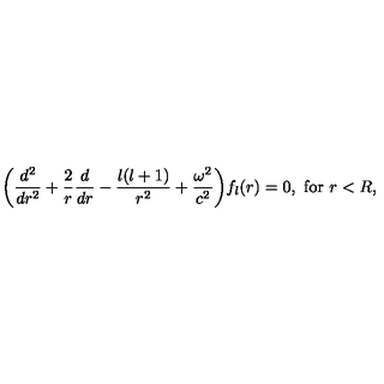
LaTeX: \displaystyle { \left( \frac { d ^ { 2 } } { d r ^ { 2 } } + \frac { 2 } { r } \frac { d } { d r } - \frac { l ( l + 1 ) } { r ^ { 2 } } + \frac { \omega ^ { 2 } } { c ^ { 2 } } \right) } f _ { l } ( r ) = 0 , \ \mathrm { f o r } \ r < R ,